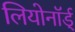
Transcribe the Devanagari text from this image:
लियोनॉर्ड्